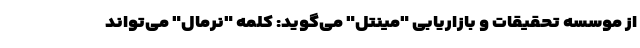
از موسسه تحقیقات و بازاریابی "مینتل" می‌گوید: کلمه "نرمال" می‌تواند